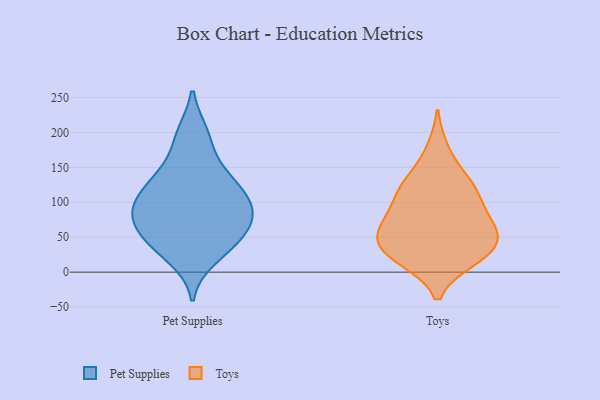
{"axis": {"x": "Production Output", "y": "Value"}, "legend": ["Pet Supplies", "Toys"], "data": [{"x": "", "y": 40, "type": "Pet Supplies"}, {"x": "", "y": 94, "type": "Pet Supplies"}, {"x": "", "y": 75, "type": "Pet Supplies"}, {"x": "", "y": 82, "type": "Pet Supplies"}, {"x": "", "y": 197, "type": "Pet Supplies"}, {"x": "", "y": 122, "type": "Pet Supplies"}, {"x": "", "y": 36, "type": "Pet Supplies"}, {"x": "", "y": 59, "type": "Pet Supplies"}, {"x": "", "y": 105, "type": "Pet Supplies"}, {"x": "", "y": 193, "type": "Pet Supplies"}, {"x": "", "y": 21, "type": "Pet Supplies"}, {"x": "", "y": 143, "type": "Pet Supplies"}, {"x": "", "y": 119, "type": "Pet Supplies"}, {"x": "", "y": 141, "type": "Pet Supplies"}, {"x": "", "y": 91, "type": "Pet Supplies"}, {"x": "", "y": 79, "type": "Pet Supplies"}, {"x": "", "y": 51, "type": "Pet Supplies"}, {"x": "", "y": 55, "type": "Toys"}, {"x": "", "y": 20, "type": "Toys"}, {"x": "", "y": 21, "type": "Toys"}, {"x": "", "y": 18, "type": "Toys"}, {"x": "", "y": 175, "type": "Toys"}, {"x": "", "y": 117, "type": "Toys"}, {"x": "", "y": 130, "type": "Toys"}, {"x": "", "y": 53, "type": "Toys"}, {"x": "", "y": 90, "type": "Toys"}, {"x": "", "y": 31, "type": "Toys"}, {"x": "", "y": 130, "type": "Toys"}, {"x": "", "y": 109, "type": "Toys"}, {"x": "", "y": 58, "type": "Toys"}, {"x": "", "y": 42, "type": "Toys"}, {"x": "", "y": 65, "type": "Toys"}, {"x": "", "y": 81, "type": "Toys"}]}